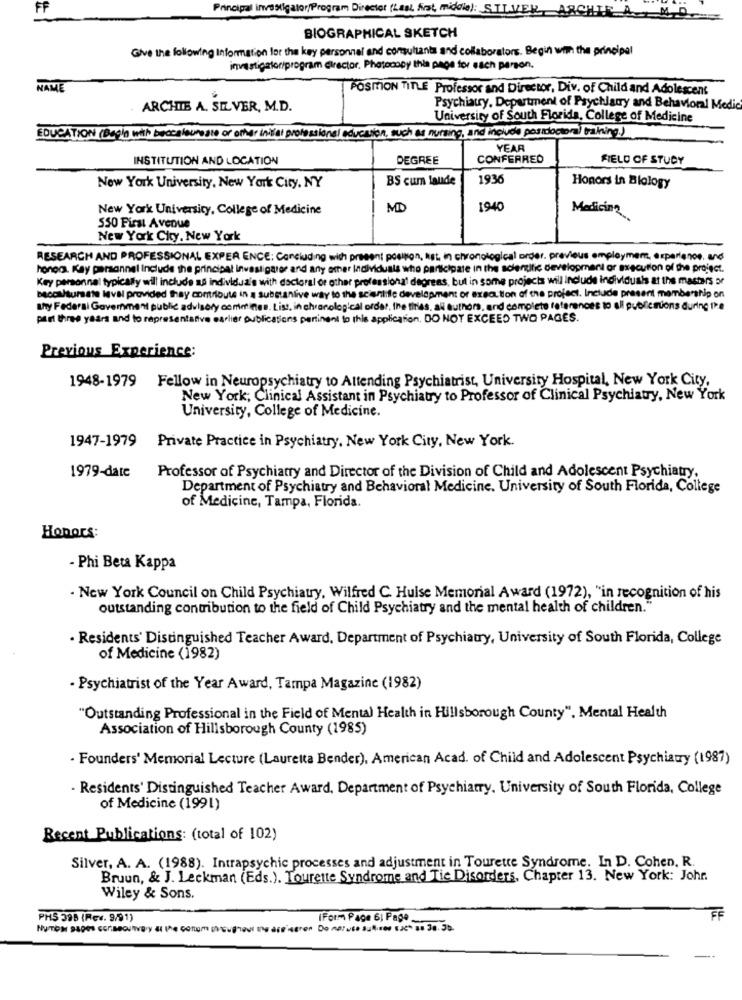
Principal investigator/Program Director (Last frat, middle): S.
BIOGRAPHICAL SKETCH
Give the following information for the key personnel and consultants and colaborators. Begin with the principal
investigatoriprogram director. Photocopy this page for each person.
NAME
POSMON TITLE Professor and Director, Div. of Child and Adolescent
ARCHIE A. SILVER, M.D.
Psychiatry, Department of Psychiatry and Behavioral Medic
University of South Florida, College of Medicine
EDUCATION (Bagla with baccalaureate or other inifiat professional education, such as nursing, and include postdoctoral training.)
YEAR
INSTITUTION AND LOCATION
DEGREE
CONFERRED
FIELD OF STUDY
BS cum laude
1936
New York University, New York City, NY
Honors in Biology
New York University, College of Medicine
MD
1940
Medicina
550 First Avenue
New York City, New York
RESEARCH AND PROFESSIONAL EXPER ENCE: Concluding wish present positon, at, in chronological order, previous employment, experience, and
honod. Kay personnel Include the principal investigator and any other Individuals who participate in the scientific development or execution of the project.
Key personnel typically will include 18 individua's with doctoral or other professional degrees, but in some projects will Include individuals at the masters or
Baccalaureate laval provided thay contribute in a substantive way to the scientific development or execution of the project. Include present membership on
shy Federal Government public advisory comelines. List, in chronological order, the tirles, all authors, and complete references to all pubfictions during the
part three years and to representative earlier publications pertinent to this application, DO NOT EXCEED TWO PAGES.
Previous Experience:
1948-1979 Fellow in Neuropsychiatry to Attending Psychiatrist, University Hospital, New York City,
New York; Clinical Assistant in Psychiatry to Professor of Clinical Psychiatry, New York
University, College of Medicine.
1947-1979 Private Practice in Psychiatry, New York City, New York.
Professor of Psychiatry and Director of the Division of Child and Adolescent Psychiatry.
1979-date
Department of Psychiatry and Behavioral Medicine. University of South Florida, College
of Medicine, Tampa, Florida.
HonOrs:
- Phi Beta Kappa
- New York Council on Child Psychiatry, Wilfred C. Huise Memorial Award (1972), "in recognition of his
outstanding contribution to the field of Child Psychiatry and the mental health of children."
· Residents' Distinguished Teacher Award, Department of Psychiatry, University of South Florida, College
of Medicine (1982)
- Psychiatrist of the Year Award, Tampa Magazine (1982)
"Outstanding Professional in the Field of Mental Health in Hillsborough County", Mental Health
Association of Hillsborough County (1985)
· Founders' Memorial Lecture (Lauretta Bender), American Acad. of Child and Adolescent Psychiatry (1987)
- Residents' Distinguished Teacher Award, Department of Psychiatry. University of South Florida, College
of Medicine (1991)
Recent Publications: (total of 102)
Silver, A. A. (1988). Intrapsychic processes and adjustment in Tourette Syndrome. In D. Cohen, R.
Bruun, & J. Leckman (Eds.). Tourette Syndrome and Tie Disorders, Chapter 13. New York: Johr.
Wiley & Sons.
PH5 398 (Rev. 9/91)
IForm Page 6) Page _